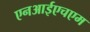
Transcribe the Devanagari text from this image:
एनआईएचएम